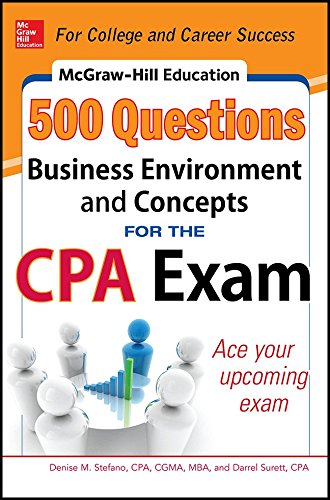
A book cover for McGraw-Hill Education 500 Business Environment and Concepts Questions for the CPA Exam (McGraw-Hill's 500 Questions); Denise M. Stefano; Test Preparation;